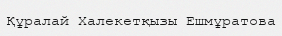
Құралай Халекетқызы Ешмұратова